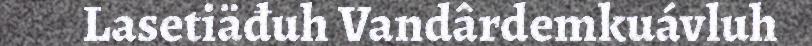
Lasetiäđuh Vandârdemkuávluh